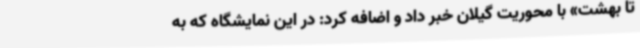
تا بهشت» با محوریت گیلان خبر داد و اضافه کرد: در این نمایشگاه که به